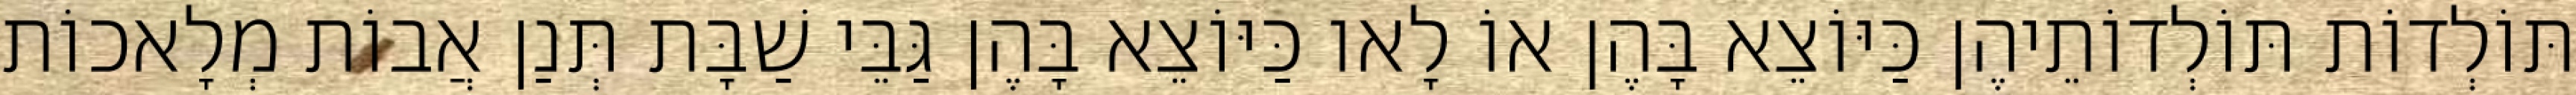
תּוֹלְדוֹת תּוֹלְדוֹתֵיהֶן כַּיּוֹצֵא בָּהֶן אוֹ לָאו כַּיּוֹצֵא בָּהֶן גַּבֵּי שַׁבָּת תְּנַן אֲבוֹת מְלָאכוֹת